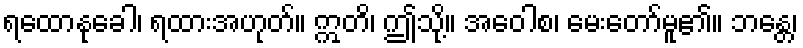
ရထောနုခေါ၊ ရထားအဟုတ်။ ဣတိ၊ ဤသို့။ အဝေါစ၊ မေးတော်မူ၏။ ဘန္တေ၊